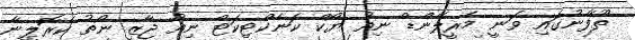
ތޫފާނުގައި ވަނީ މެރީލޭންޑް ނިއު ޔޯކް ކަނެކްޓިކަޓް ނިއު ޖާޒީ ނޯތު ކެރޮލީނާ